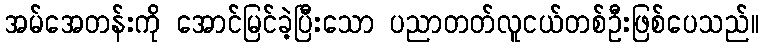
အမ်အေတန်းကို အောင်မြင်ခဲ့ပြီးသော ပညာတတ်လူငယ်တစ်ဦးဖြစ်ပေသည်။